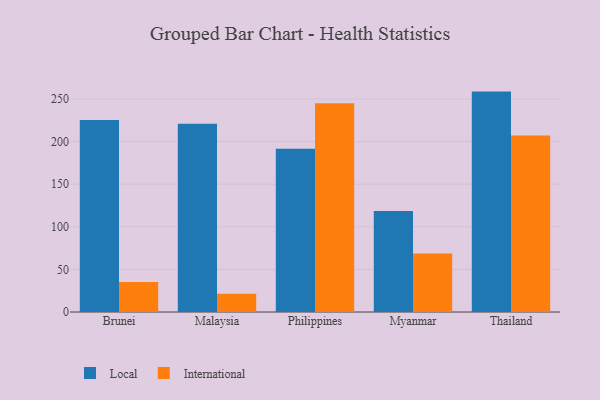
{"axis": {"x": "Country", "y": "LTV (USD)"}, "legend": ["International", "Local"], "data": [{"x": "Brunei", "y": 225.3, "type": "Local"}, {"x": "Brunei", "y": 35.3, "type": "International"}, {"x": "Malaysia", "y": 220.9, "type": "Local"}, {"x": "Malaysia", "y": 21.4, "type": "International"}, {"x": "Philippines", "y": 191.6, "type": "Local"}, {"x": "Philippines", "y": 245.0, "type": "International"}, {"x": "Myanmar", "y": 118.5, "type": "Local"}, {"x": "Myanmar", "y": 68.7, "type": "International"}, {"x": "Thailand", "y": 258.7, "type": "Local"}, {"x": "Thailand", "y": 207.1, "type": "International"}]}